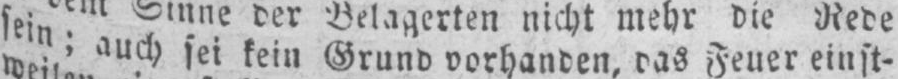
sein; auch sei kein Grund vorhanden, das Feuer einst-